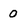
Character: 0